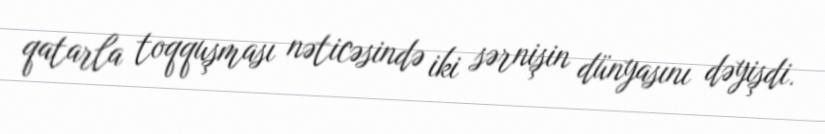
qatarla toqquşması nəticəsində iki sərnişin dünyasını dəyişdi.